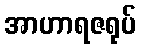
အာဟာရဇရုပ်